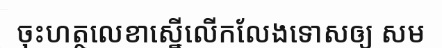
ចុះហត្ថលេខាស្នើលើកលែងទោសឲ្យ សម